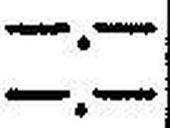
—.—